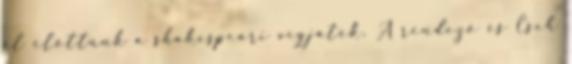
él előttünk a shakespeari vígjáték. A rendező és Cseh